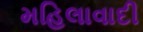
મહિલાવાદી